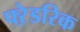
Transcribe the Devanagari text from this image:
फ्ऱेडरिक